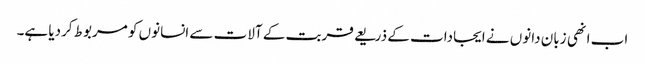
اب انھی زبان دانوں نے ایجادات کے ذریعے قربت کے آلات سے انسانوں کو مربوط کردیا ہے۔